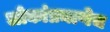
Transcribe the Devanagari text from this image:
लोकांप्रमाणेच